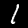
Digit: 1